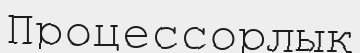
Процессорлық